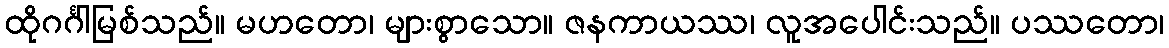
ထိုဂင်္ဂါမြစ်သည်။ မဟတော၊ များစွာသော။ ဇနကာယဿ၊ လူအပေါင်းသည်။ ပဿတော၊